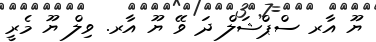
ޔޫ އާރ ސްޕްޝަލް ދަ ވޭ ޔޫ އާރ. ވިލް ޔޫ މެރީ